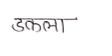
मजकूर: डकला